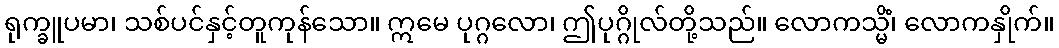
ရုက္ခူပမာ၊ သစ်ပင်နှင့်တူကုန်သော။ ဣမေ ပုဂ္ဂလော၊ ဤပုဂ္ဂိုလ်တို့သည်။ လောကသ္မိံ၊ လောကနှိုက်။